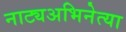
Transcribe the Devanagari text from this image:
नाट्यअभिनेत्या